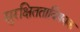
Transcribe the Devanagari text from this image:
सुरक्षितताविषयक